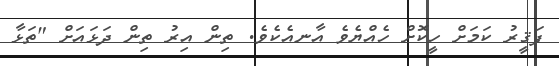
ފަޤީރު ކަމަށް ހީކޮށް ހެއްޔެވެ އާނއެކެވެ. ތިން އިރު ތިން ދަޅައަށް "ތަޅާ